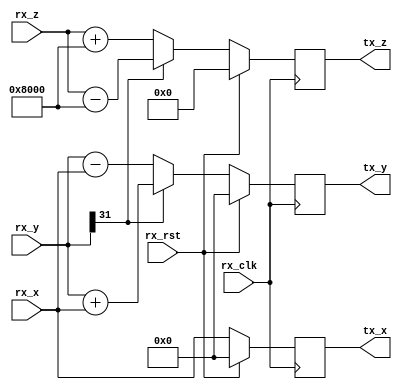
module CORDIC_DIVIDE_UNIT(rx_rst,rx_clk,rx_x,rx_y,rx_z,tx_x,tx_y,tx_z);
parameter shift=0,para=17'h08000;
input rx_rst,rx_clk;
input[31:0] rx_y;
input[16:0] rx_z;
input signed[31:0] rx_x;
output[31:0] tx_y;
output[16:0] tx_z;
output[31:0] tx_x;


//assign tx_x=(rx_y[31])?(rx_x):(rx_x);
//assign tx_y=(rx_y[31])?(rx_y+(rx_x>>>shift)):(rx_y-(rx_x>>>shift));
//assign tx_z=(rx_y[31])?(rx_z-(para>>shift)):(rx_z+(para>>shift));

(*keep="yes"*) reg[31:0] tx_y,tx_x;
(*keep="yes"*) reg[16:0] tx_z;
always @(posedge rx_clk) begin
	if(rx_rst) begin
		tx_x <= 31'b0;
		tx_y <= 31'b0;
		tx_z <= 17'b0;
	end
	else begin
		if(rx_y[31]) begin
			tx_x <= rx_x;
			tx_y <= rx_y + (rx_x>>>shift);
			tx_z <= rx_z - (para>>>shift);
		end
		else begin
			tx_x <= rx_x;
			tx_y <= rx_y - (rx_x>>>shift);
			tx_z <= rx_z + (para>>>shift);
		end
	end
end

endmodule